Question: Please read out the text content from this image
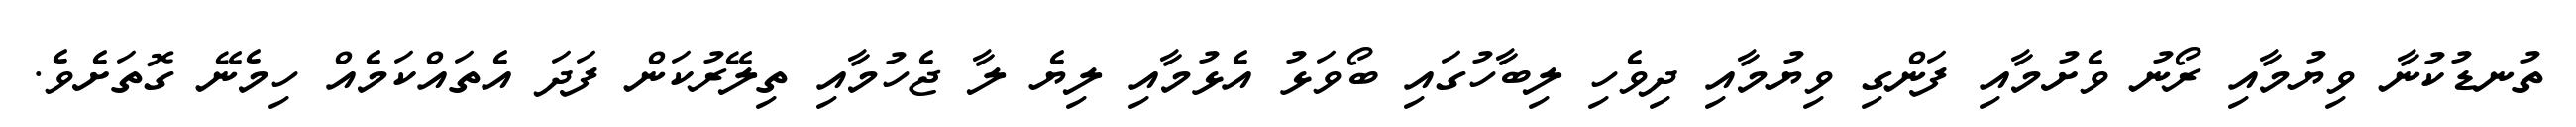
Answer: ތުނޑުކުނާ ވިޔުމާއި ރޯނު ވެށުމާއި ފަންގި ވިޔުމާއި ދިވެހި ލިބާހުގައި ބޯވަޅު އެޅުމާއި ލިޔެ ލާ ޖެހުމާއި ތިލޭރުކަން ފަދަ އެތައްކަމެއް ހިމެނޭ ގޮތަށެވެ.